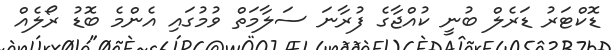
ޑޮކްޓަރު ޑަރެލް ބުނީ ކުއްޖާގެ ފުރާނަ ސަލާމަތް ވުމުގައި އެންމެ ބޮޑު ރޯލެއް